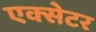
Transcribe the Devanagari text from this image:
एक्‍सेटर